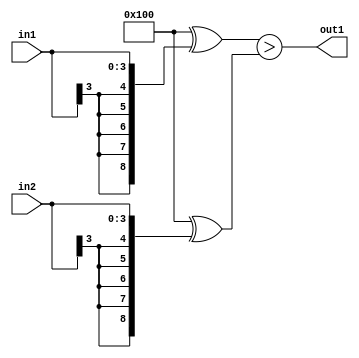
`timescale 1ps / 1ps
/*****************************************************************************
    Verilog RTL Description
    
    
    Created by: Stratus DpOpt 2019.1.01 
*******************************************************************************/

module SobelFilter_LessThan_4Sx4S_1U_1 (
	in2,
	in1,
	out1
	); /* architecture "behavioural" */ 
input [3:0] in2,
	in1;
output  out1;
wire  asc001;

assign asc001 = ((9'B100000000 ^ {{5{in1[3]}}, in1})>(9'B100000000 ^ {{5{in2[3]}}, in2}));

assign out1 = asc001;
endmodule

/* CADENCE  ubTwQgw= : u9/ySgnWtBlWxVPRXgAZ4Og= ** DO NOT EDIT THIS LINE ******/